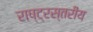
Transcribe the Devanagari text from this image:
राष्ट्रस्तरीय